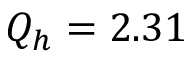
Q _ { h } = 2 . 3 1